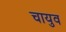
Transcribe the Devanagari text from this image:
चायुव